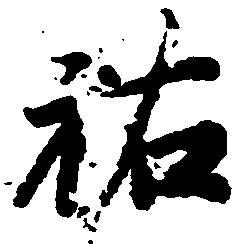
祐